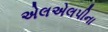
એલએલપીના